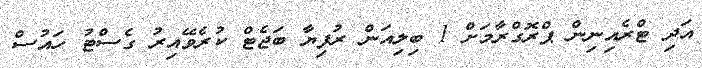
އަދި ޓްރެއިނިން ޕްރޮގްރާމަށް 1 ބިލިއަން ރުފިޔާ ބަޖެޓް ކުރެވޭއިރު ގެސްޓު ހައުސް